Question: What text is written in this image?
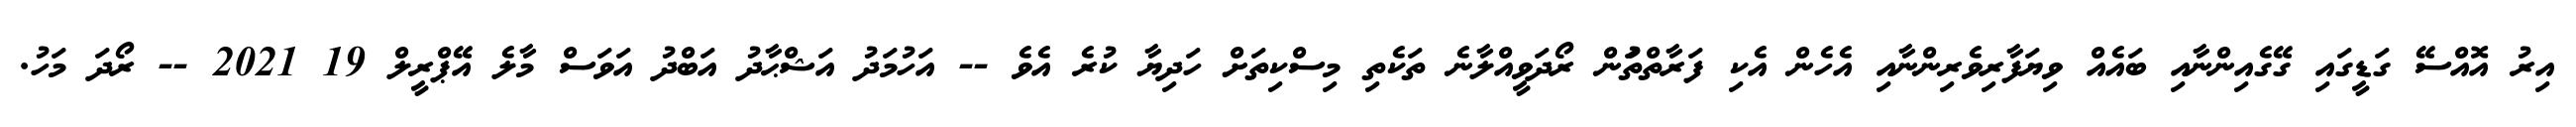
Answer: އިރު އޮއްސޭ ގަޑީގައި ގޭގެއިންނާއި ބައެއް ވިޔަފާރިވެރިންނާއި އެހެން އެކި ފަރާތްތަުން ރޯދަވީއްލާނެ ތަކެތި މިސްކިތަށް ހަދިޔާ ކުރެ އެވެ -- އަހުމަދު އަޝްޙާދު އަބްދު އަވަސް މާލެ އޭޕްރީލް 19 2021 -- ރޯދަ މަހު.